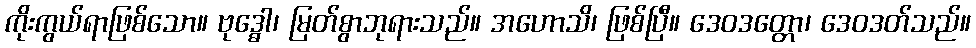
ကိုးကွယ်ရာဖြစ်သော။ ဗုဒ္ဓေါ၊ မြတ်စွာဘုရားသည်။ အဟောသိ၊ ဖြစ်ပြီ။ ဒေဝဒတ္တော၊ ဒေဝဒတ်သည်။